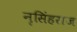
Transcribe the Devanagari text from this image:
नृसिंहराज